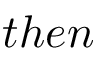
t h e n